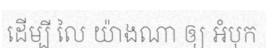
ដើម្បី លៃ យ៉ាងណា ឲ្យ អំបុក